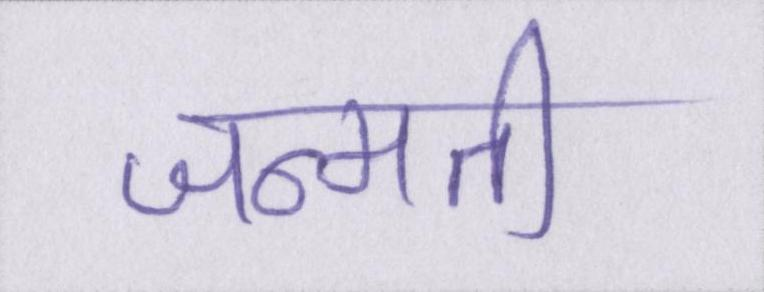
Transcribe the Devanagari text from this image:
जन्मती